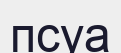
псуа